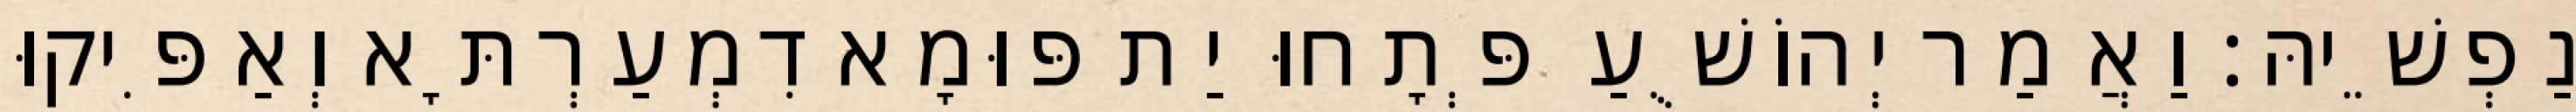
נַפְשֵׁיהּ׃ וַאֲמַר יְהוֹשֻׁעַ פְּתָחוּ יַת פּוּמָא דִמְעַרְתָּא וְאַפִּיקוּ